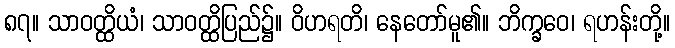
၈၇။ သာဝတ္ထိယံ၊ သာဝတ္ထိပြည်၌။ ဝိဟရတိ၊ နေတော်မူ၏။ ဘိက္ခဝေ၊ ရဟန်းတို့။